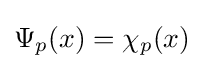
\Psi _{p}(x)=\chi _{p}(x)